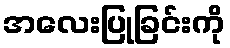
အလေးပြုခြင်းကို